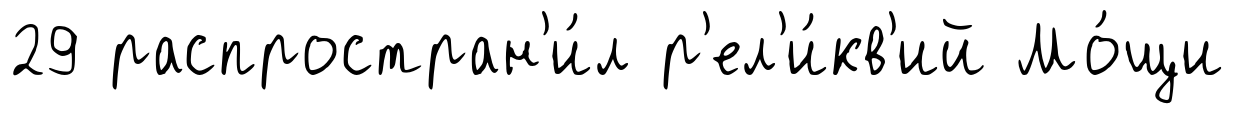
29 распростран'и́л р'ел'и́кв'ий Мо́щи